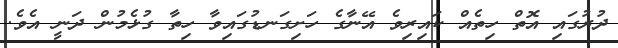
ދުރުގައި އޮތް ހިތެއް ކައިރިވެ އޭނާގެ ހަށިގަނޑުގައިވާ ހިތާ ގުޅެމުން ދަނީ އެވެ.